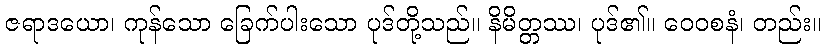
ဇရာဒယော၊ ကုန်သော ခြေက်ပါးသော ပုဒ်တို့သည်။ နိမိတ္တဿ၊ ပုဒ်၏။ ဝေဝစနံ၊ တည်း။